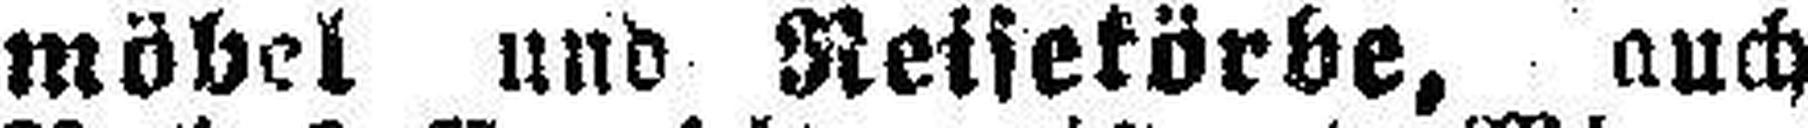
möbel und Reisekörbe, auch